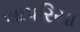
સાપરિયા